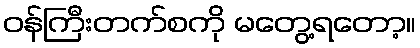
ဝန်ကြီးတက်စကို မတွေ့ရတော့။